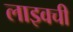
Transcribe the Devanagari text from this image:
लाइवची